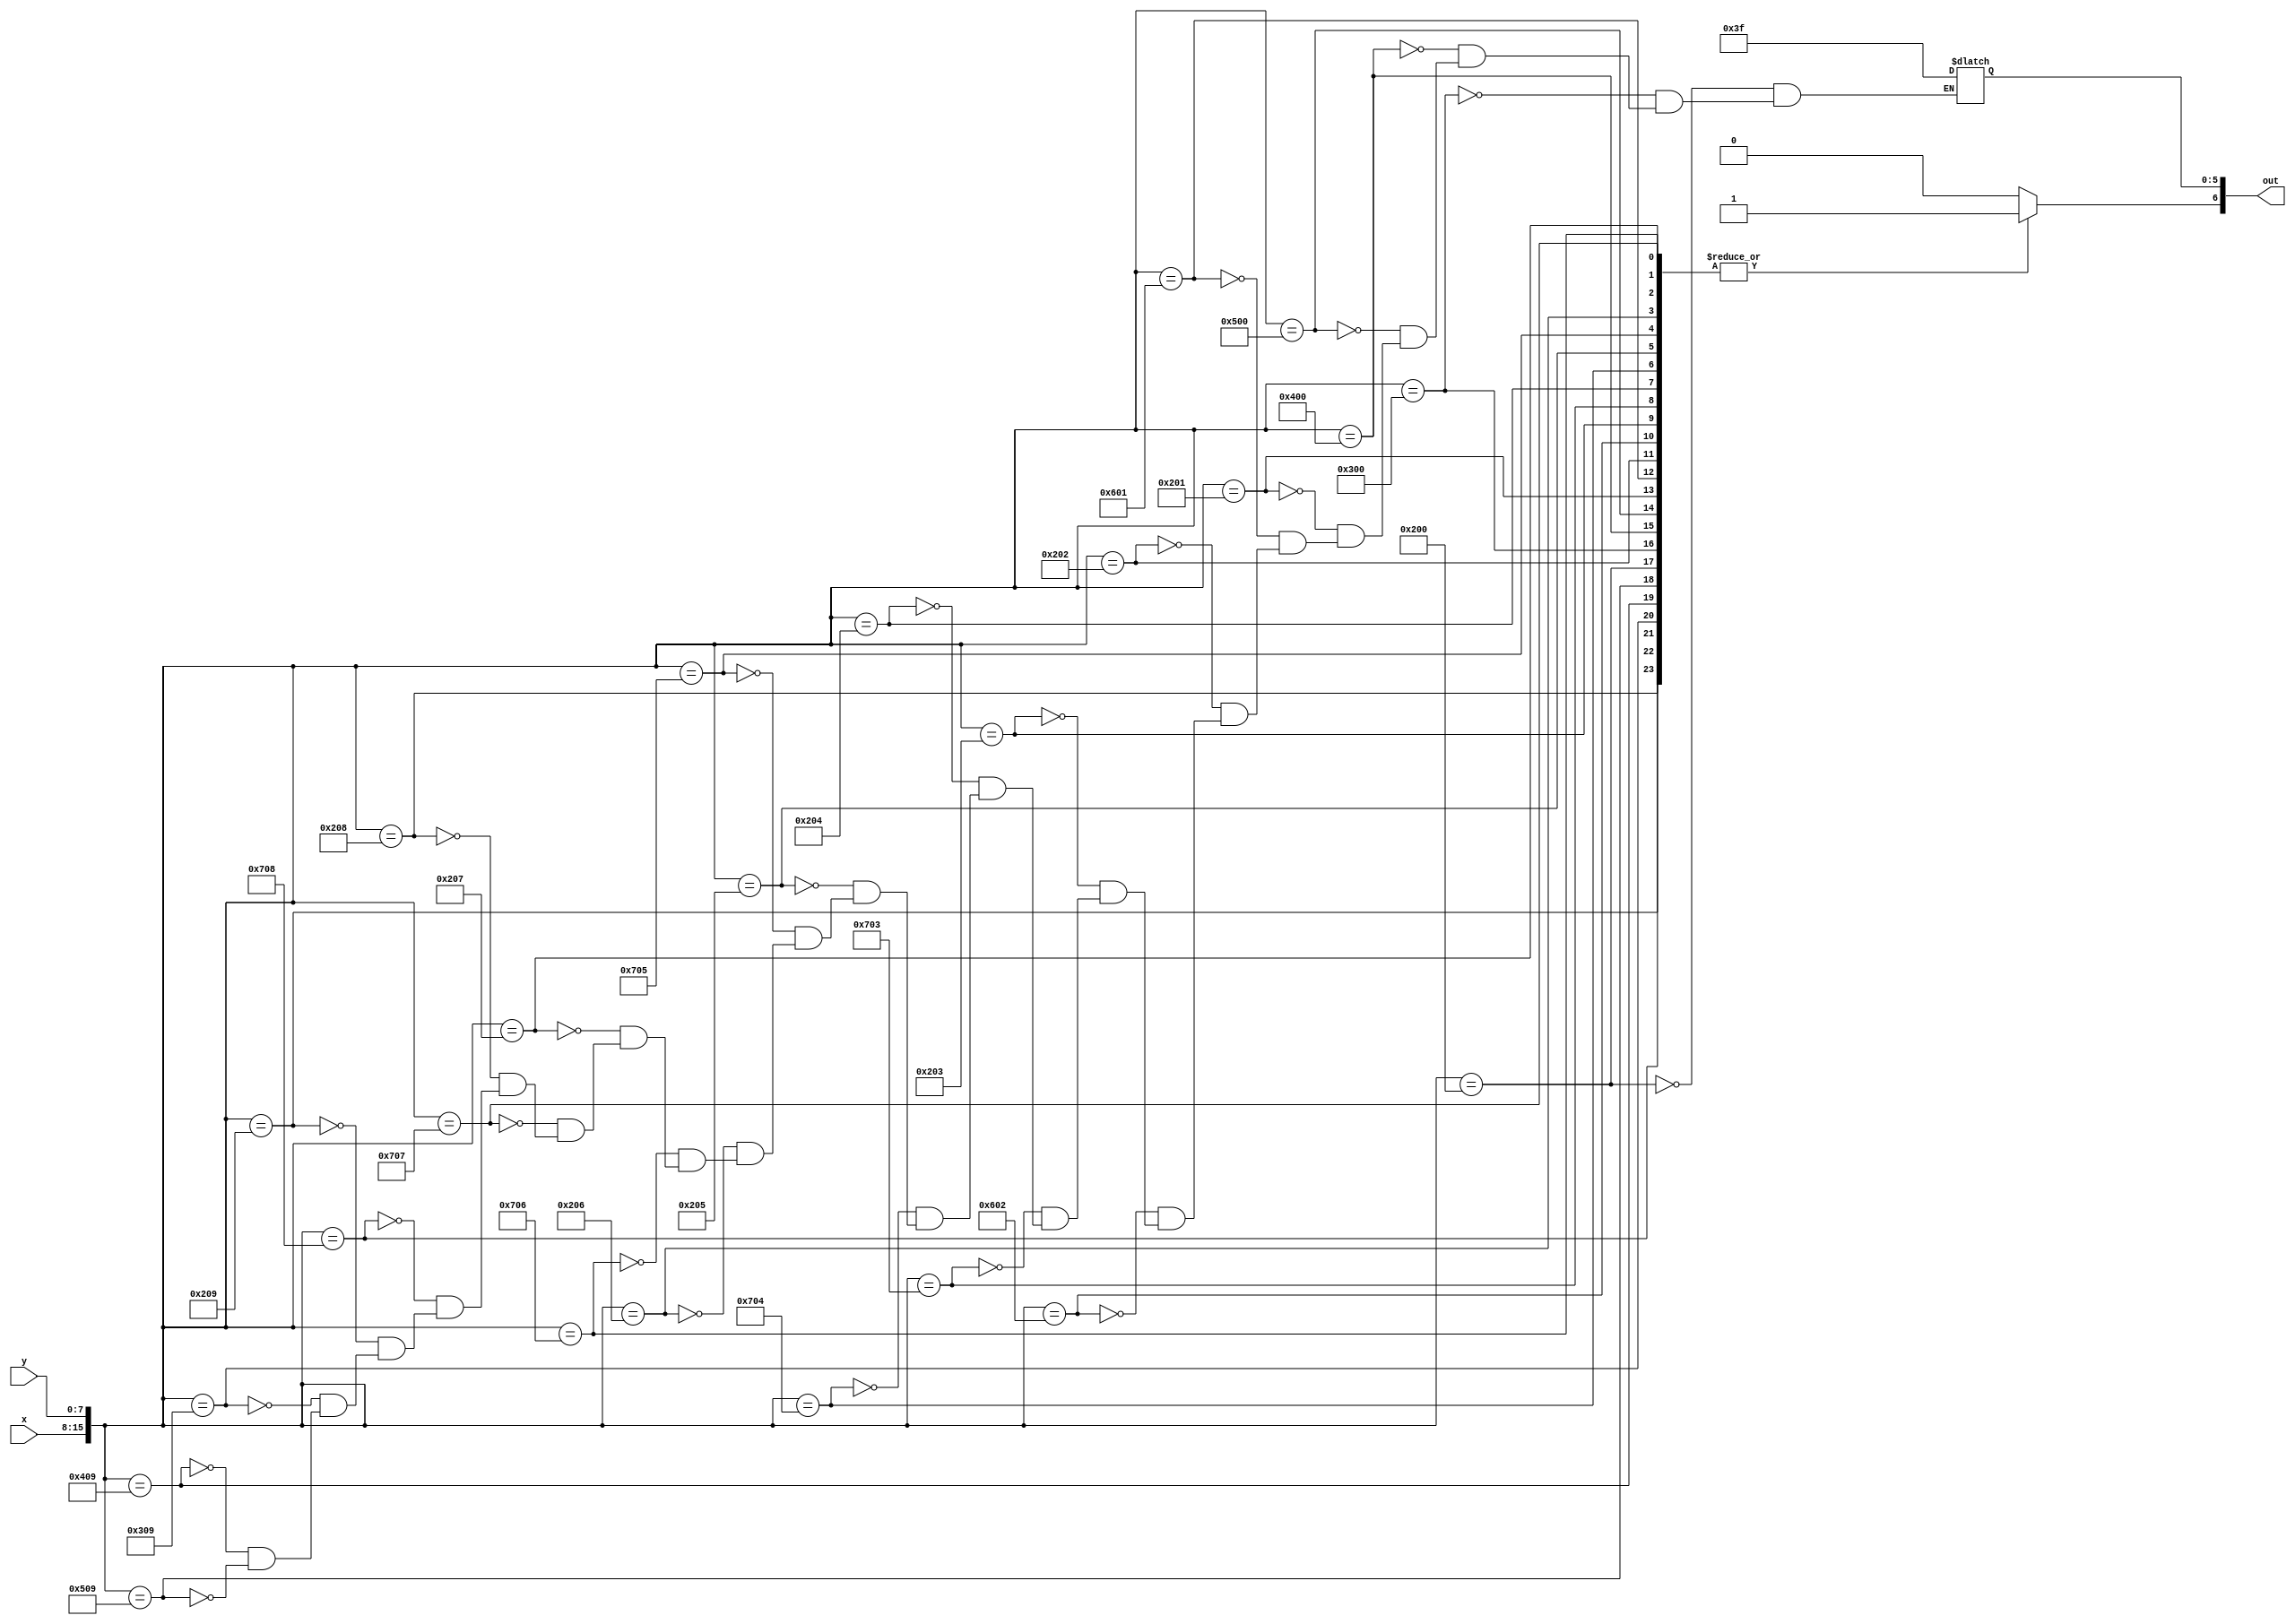
module char_d_lut(x, y, out);
	input [7:0] x;
	input [7:0] y;
	output reg [6:0] out;

	always@(*)
	begin
		out[6] <= 1'b1;
		case({x, y})
			16'h0200: out[5:0] <= 6'b111111;
			16'h0300: out[5:0] <= 6'b111111;
			16'h0400: out[5:0] <= 6'b111111;
			16'h0500: out[5:0] <= 6'b111111;
			
			16'h0201: out[5:0] <= 6'b111111;
			16'h0601: out[5:0] <= 6'b111111;
			
			16'h0202: out[5:0] <= 6'b111111;
			16'h0602: out[5:0] <= 6'b111111;
			
			16'h0203: out[5:0] <= 6'b111111;
			16'h0703: out[5:0] <= 6'b111111;
			
			16'h0204: out[5:0] <= 6'b111111;
			16'h0704: out[5:0] <= 6'b111111;
			
			16'h0205: out[5:0] <= 6'b111111;
			16'h0705: out[5:0] <= 6'b111111;

			16'h0206: out[5:0] <= 6'b111111;
			16'h0706: out[5:0] <= 6'b111111;
			
			16'h0207: out[5:0] <= 6'b111111;
			16'h0707: out[5:0] <= 6'b111111;
			
			16'h0208: out[5:0] <= 6'b111111;
			16'h0708: out[5:0] <= 6'b111111;
			
			16'h0209: out[5:0] <= 6'b111111;
			16'h0309: out[5:0] <= 6'b111111;
			16'h0409: out[5:0] <= 6'b111111;
			16'h0509: out[5:0] <= 6'b111111;
		
			default: out[6] <= 1'b0;
		endcase
	end
endmodule
module char_d(x, y, flush_x, flush_y, colour, enable);
	input [7:0] x;
	input [7:0] y;
	input [7:0] flush_x;
	input [7:0] flush_y;
	
	output [5:0] colour;
	output enable;
	
	wire [6:0] lut_out;
	
	char_d_lut(flush_x - x, flush_y - y, lut_out);
	
	assign colour = lut_out[5:0];
	assign enable = lut_out[6];
endmodule